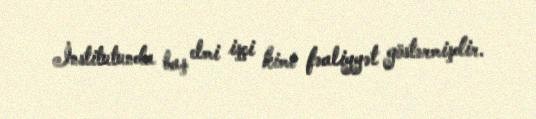
İnstitutunda baş elmi işçi kimi fəaliyyət göstərmişdir.